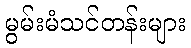
မွမ်းမံသင်တန်းများ